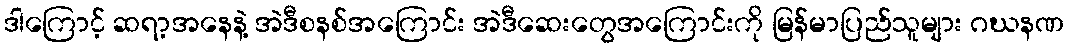
ဒါကြောင့် ဆရာ့အနေနဲ့ အဲဒီစနစ်အကြောင်း အဲဒီဆေးတွေအကြောင်းကို မြန်မာပြည်သူများ ဂဃနဏ